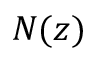
N ( z )